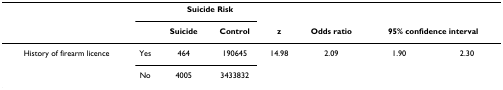
|  |  | <COLSPAN=2> Suicide Risk |  |  |  |  |
 |  |  | Suicide | Control | z | Odds ratio | <COLSPAN=2> 95% confidence interval |
 | --- | --- | --- | --- | --- | --- | --- | --- |
 | History of firearm licence | Yes | 464 | 190645 | 14.98 | 2.09 | 1.90 | 2.30 |
 |  | No | 4005 | 3433832 |  |  |  |  |